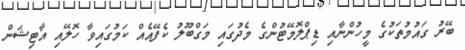
ބޭރު ގައުމުތަކުގެ މީހުންނާއި ޑިޕްލޮމޭޓުންގެ މެދުގައި މަގްބޫލު ކެފޭއެއް ކަމުގައިވާ ހޮލޭއި އާޓިޝަން